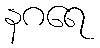
နဂရေ